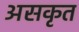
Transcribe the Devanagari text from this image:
असकृत